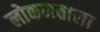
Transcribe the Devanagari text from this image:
लोकमताला